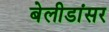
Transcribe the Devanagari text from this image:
बेलीडांसर